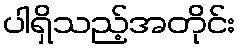
ပါရှိသည့်အတိုင်း